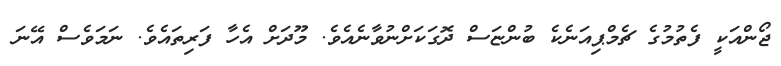
ޖޯންއަކީ ފެތުމުގެ ޗެމްޕިއަނެކެ ބުންޏަސް ދޮގަކަށްނުވާނެއެވެ. މޫދަށް އެހާ ފަރިތައެވެ. ނަމަވެސް އޭނަ